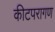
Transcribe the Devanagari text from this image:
कीटपरागण